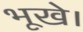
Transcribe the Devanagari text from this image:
भूखे।